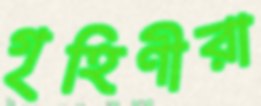
গৃহিণীরা